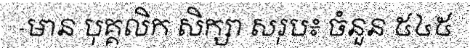
-មាន បុគ្គលិក សិក្សា សរុប៖ ចំនួន ៥៤៥